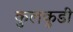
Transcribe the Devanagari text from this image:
कुलकुडी